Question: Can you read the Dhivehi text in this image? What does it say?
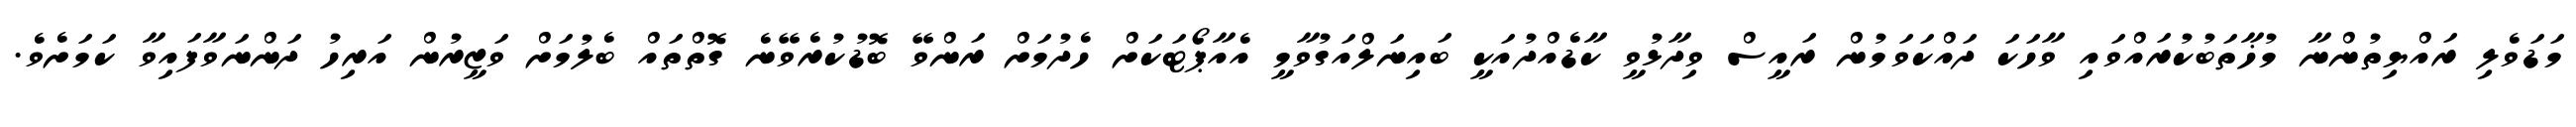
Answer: މަޑަވެލި ރައްޔިތުންނާ މުޚާތަބުކުރައްވައި ވާހަކަ ދައްކަވަމުން ރައީސް ވިދާޅުވީ ކާޑެއްދުއަކީ ބައިނަލްއަގުވާމީ އެއާޕޯޓަކަށް ހެދުމަށް ރަންވޭ ބޮޑުކުރެވޭނެ ގޮތްތައް ބެލުމަށް ވަޒީރުން އަރިހު ދަންނަވާފައިވާ ކަމަށެވެ.